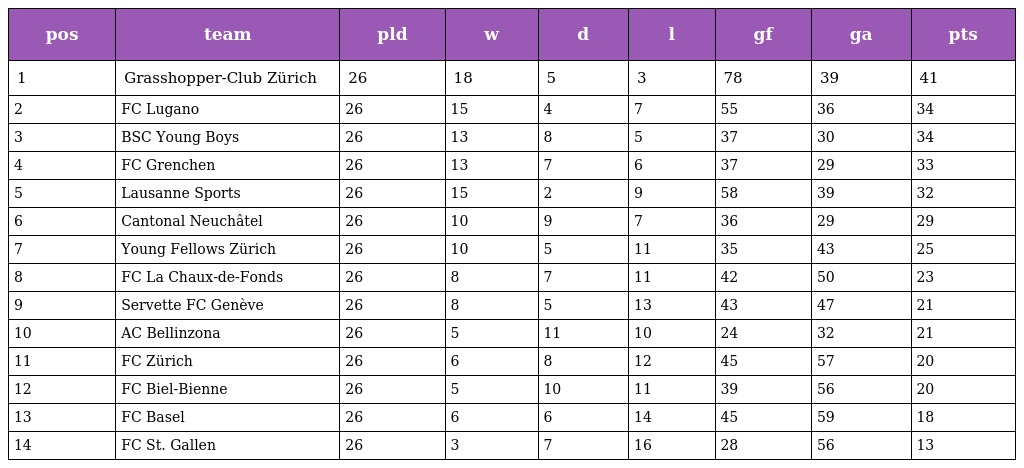
| pos | team | pld | w | d | l | gf | ga | pts |
 | --- | --- | --- | --- | --- | --- | --- | --- | --- |
 | 1 | Grasshopper-Club Zürich | 26 | 18 | 5 | 3 | 78 | 39 | 41 |
 | 2 | FC Lugano | 26 | 15 | 4 | 7 | 55 | 36 | 34 |
 | 3 | BSC Young Boys | 26 | 13 | 8 | 5 | 37 | 30 | 34 |
 | 4 | FC Grenchen | 26 | 13 | 7 | 6 | 37 | 29 | 33 |
 | 5 | Lausanne Sports | 26 | 15 | 2 | 9 | 58 | 39 | 32 |
 | 6 | Cantonal Neuchâtel | 26 | 10 | 9 | 7 | 36 | 29 | 29 |
 | 7 | Young Fellows Zürich | 26 | 10 | 5 | 11 | 35 | 43 | 25 |
 | 8 | FC La Chaux-de-Fonds | 26 | 8 | 7 | 11 | 42 | 50 | 23 |
 | 9 | Servette FC Genève | 26 | 8 | 5 | 13 | 43 | 47 | 21 |
 | 10 | AC Bellinzona | 26 | 5 | 11 | 10 | 24 | 32 | 21 |
 | 11 | FC Zürich | 26 | 6 | 8 | 12 | 45 | 57 | 20 |
 | 12 | FC Biel-Bienne | 26 | 5 | 10 | 11 | 39 | 56 | 20 |
 | 13 | FC Basel | 26 | 6 | 6 | 14 | 45 | 59 | 18 |
 | 14 | FC St. Gallen | 26 | 3 | 7 | 16 | 28 | 56 | 13 |